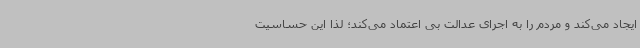
ایجاد می‌کند و مردم را به اجرای عدالت بی اعتماد می‌کند؛ لذا این حساسیت